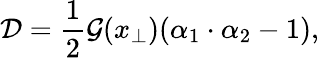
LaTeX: \mathcal{D}={\frac{1}{2}}\mathcal{G}(x_{\perp})(\alpha_{1}\cdot\alpha_{2}-1),